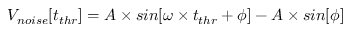
V _ { n o i s e } [ t _ { t h r } ] = A \times s i n [ \omega \times t _ { t h r } + \phi ] - A \times s i n [ \phi ]